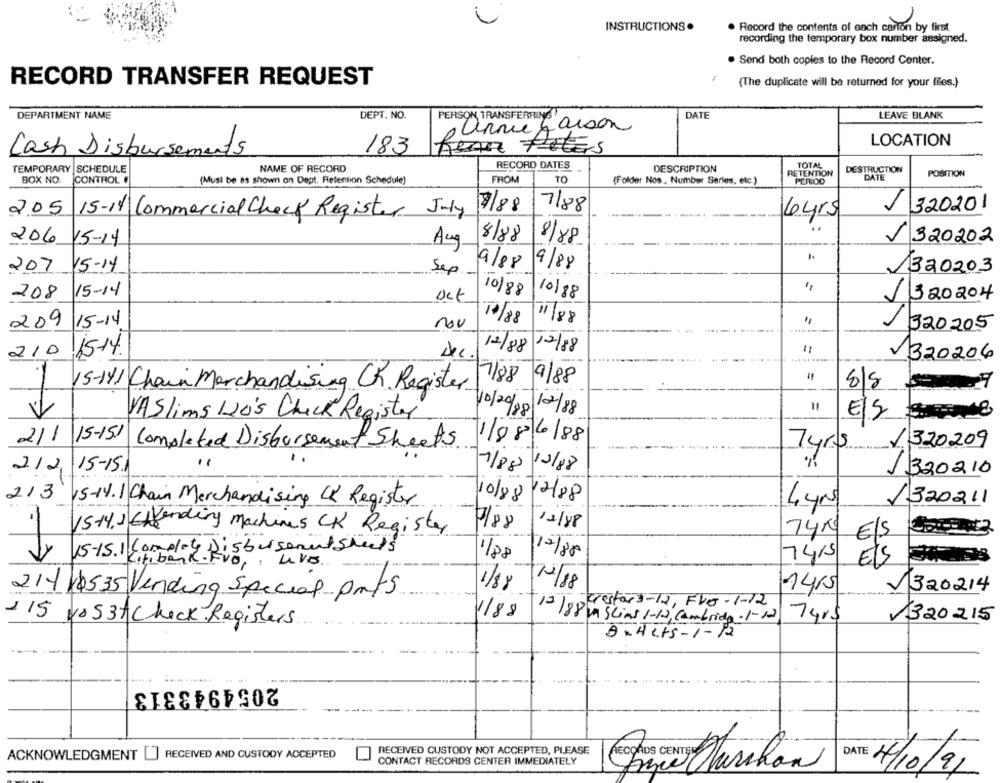
INSTRUCTIONS .
. Record the contents of each carton by first
recording the temporary box number assigned.
Send both copies to the Record Center.
RECORD TRANSFER REQUEST
(The duplicate will be returned for your files.)
DEPARTMENT NAME
DEPT. NO.
DATE
LEAVE BLANK
PERSON TRANSFERRING
anne Larson
183
LOCATION
Cash Disbursements
Rema Fêtes
RECORD DATES
TOTAL
TEMPORARY SCHEDULE
NAME OF RECORD
DESCRIPTION
RETENTION
DESTRUCTION
POSITION
BOX NO.
CONTROL
(Must be as shown on Dept, Retention Schedule)
FROM
TO
(Folder Nos , Number Series, etc.)
PERIOD
DATE
7/88
7/88
J 320201
2.05 15-14 Commercial Check Register July
6 yrs
206 15-14
Aug
8/88
8/8
V 320202
9/88
9/88
207
15-14
Sep.
.-
1320203
"
208
15-14
10/88
10/88
J320204
17/88
11/88
209 15-14
nov
320205
210
15-14.
12/88
12/88
1320206
17/88
9/88
15-141 Chair Merchandising CR. Register
8/8
11
VA Slims 120's Check Register
10/20/00/ 12/88
E/S
2/1
15-151
1/98/6/88
Completed Disbursement Sheets
7yrs
/320209
212,
15-15.
1/88 12/88
1320210
213 15-14.1 Chain Merchandising CK Register
10/88
12/88
1320211
7/88
12/88
15-14.1 6 Vending machines CK Register
74kg
E/S
15-15.1 Complet
isbursement sheets
12/8
7415
bank Fig urs.
----
---
1/88
Els
1/88
12/18
21416535 Vending Special pets
320214
crestars-12, FVG-1-12
1188
13 /88 v Slins 1-12, Cambridg-1-12
7 4r$
115 La537 Check Registers
320215
DxHets-1-12
2054943313
RECEIVED CUSTODY NOT ACCEPTED, PLEASE
ACKNOWLEDGMENT [] RECEIVED AND CUSTODY ACCEPTED
CONTACT RECORDS CENTER IMMEDIATELY
DATE 4/10/91